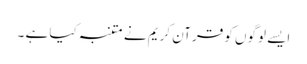
ایسے لوگوں کو قرآن کریم نے متنبہ کیا ہے ۔